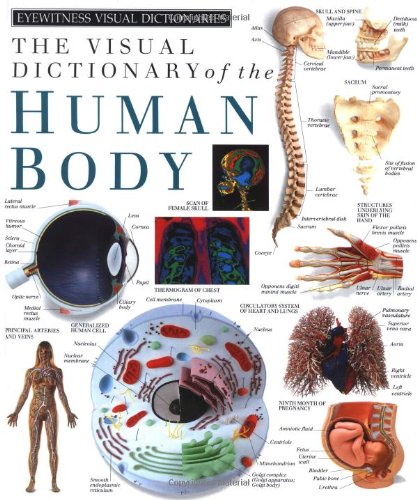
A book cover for Eyewitness Visual Dictionaries: the Visual Dictionary of the Human Body (DK Visual Dictionaries); DK Publishing; Children's Books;